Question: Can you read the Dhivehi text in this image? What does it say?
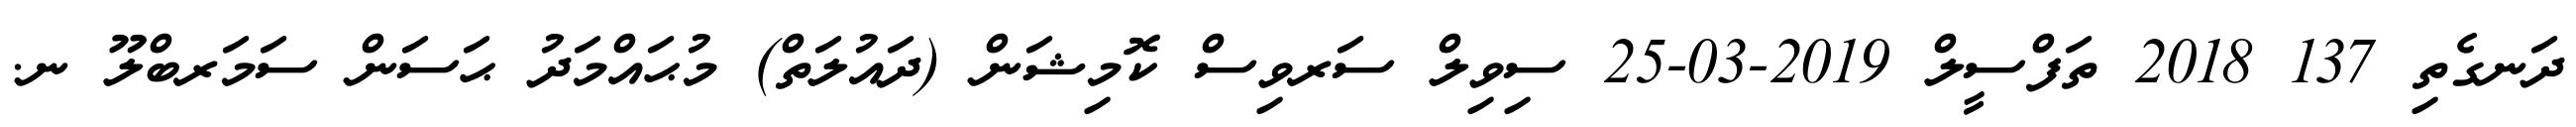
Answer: ދަނގެތި 137 2018 ތަފްސީލް 2019-03-25 ސިވިލް ސަރވިސް ކޮމިޝަން (ދައުލަތް) މުޙައްމަދު ޙަސަން ސަމަރބްލޫ ނ.